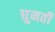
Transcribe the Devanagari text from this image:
घुनती